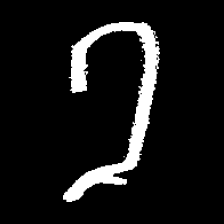
Pyu character \u2014 Myanmar letter: ခ (romanized: kha)